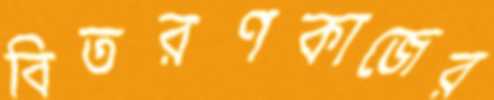
বিতরণকাজের